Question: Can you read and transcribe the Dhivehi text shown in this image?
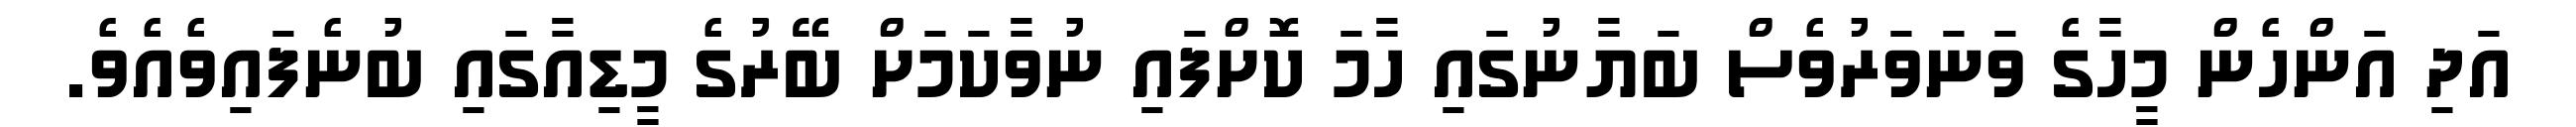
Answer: އަދި އަންހެން މީހާގެ ވަނަވަރުވެސް ބަޔާނުގައި ހާމަ ކޮށްފައި ނުވާކަމަށް ބޭރުގެ މީޑިއާގައި ބުނެފައިވެއެވެ.